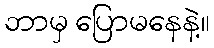
ဘာမှ ပြောမနေနဲ့။